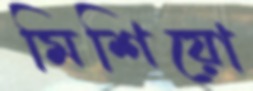
মিশিয়ো